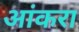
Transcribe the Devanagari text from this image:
आंकरा